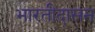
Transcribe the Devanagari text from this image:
भारतीदासन